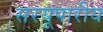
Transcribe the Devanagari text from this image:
सरयूपारीय